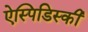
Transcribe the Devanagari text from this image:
ऐस्पिडिस्की